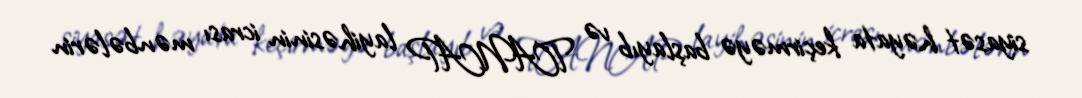
siyasət həyata keçirməyə başlayıb və TANAP layihəsinin icrası mənbələrin